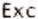
EXC